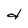
Character: d